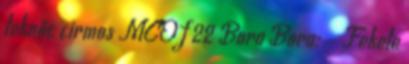
teknőc cirmos MCO f 22 Bora Bora: ♀ Fekete